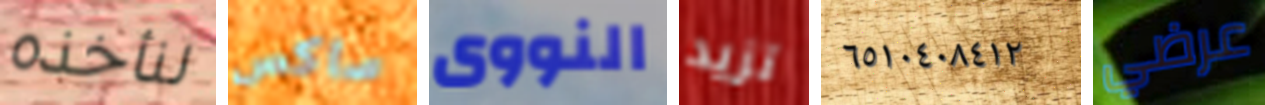
لنأخذه ساكس النووى تزيد ٦٥١٠٤٠٨٤١٢ عرضي